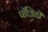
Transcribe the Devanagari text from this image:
पॉञ्जिडी